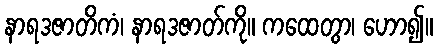
နာရဒဇာတိကံ၊ နာရဒဇာတ်ကို။ ကထေတွာ၊ ဟော၍။